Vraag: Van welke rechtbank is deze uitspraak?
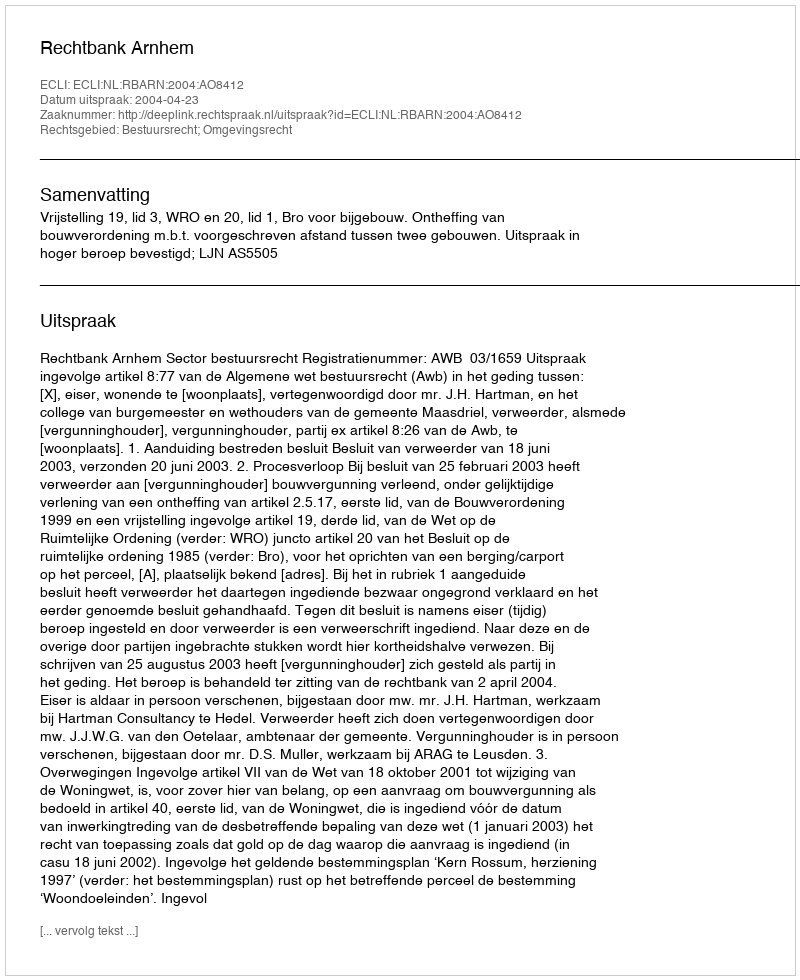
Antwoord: Rechtbank Arnhem